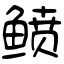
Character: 鲼